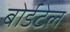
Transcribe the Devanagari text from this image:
बोर्डटेल